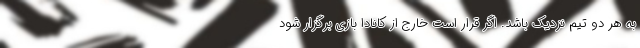
به هر دو تیم نزدیک باشد. اگر قرار است خارج از کانادا بازی برگزار شود